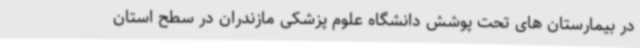
در بیمارستان های تحت پوشش دانشگاه علوم پزشکی مازندران در سطح استان